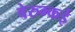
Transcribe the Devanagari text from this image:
वेरुम्कई